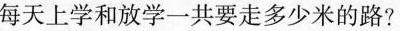
每天上学和放学一共要走多少米的路？